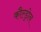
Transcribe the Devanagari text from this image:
कौल्ड्रोन